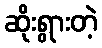
ဆိုးရွားတဲ့